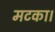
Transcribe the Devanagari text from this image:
मटका।